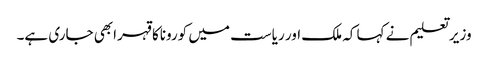
وزیر تعلیم نے کہا کہ ملک اور ریاست میں کوروناکا قہرابھی جاری ہے۔